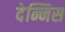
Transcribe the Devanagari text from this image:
देन्निस